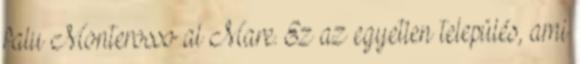
falu Monterosso al Mare. Ez az egyetlen település, ami